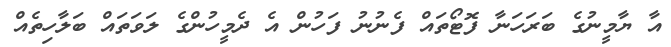
އާ ޔާމީނުގެ ބަރަހަނާ ފޮޓޯތައް ފެނުނު ފަހުން އެ ދެމީހުންގެ ލަވަތައް ބަލާހިތެއް